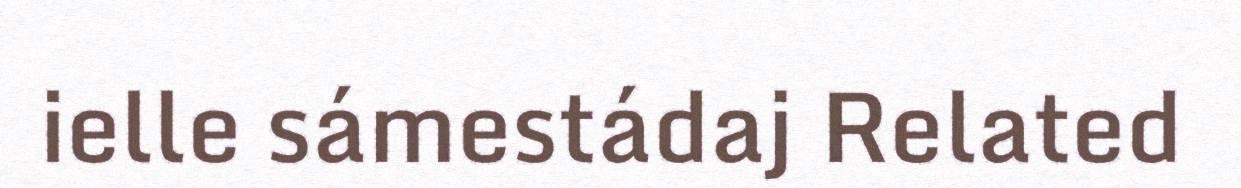
ielle sámestádaj Related